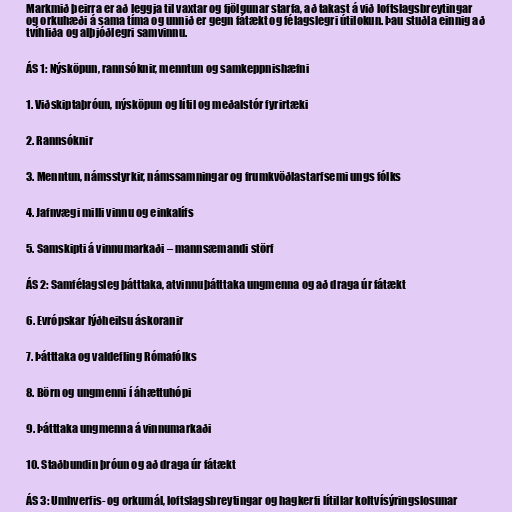
Markmið þeirra er að leggja til vaxtar og fjölgunar starfa, að takast á við loftslagsbreytingar
og orkuhæði á sama tíma og unnið er gegn fátækt og félagslegri útilokun. Þau stuðla einnig að
tvíhliða og alþjóðlegri samvinnu.

ÁS 1: Nýsköpun, rannsóknir, menntun og samkeppnishæfni

1. Viðskiptaþróun, nýsköpun og lítil og meðalstór fyrirtæki

2. Rannsóknir

3. Menntun, námsstyrkir, námssamningar og frumkvöðlastarfsemi ungs fólks

4. Jafnvægi milli vinnu og einkalífs

5. Samskipti á vinnumarkaði – mannsæmandi störf

ÁS 2: Samfélagsleg þátttaka, atvinnuþátttaka ungmenna og að draga úr fátækt

6. Evrópskar lýðheilsu áskoranir

7. Þátttaka og valdefling Rómafólks

8. Börn og ungmenni í áhættuhópi

9. Þátttaka ungmenna á vinnumarkaði

10. Staðbundin þróun og að draga úr fátækt

ÁS 3: Umhverfis- og orkumál, loftslagsbreytingar og hagkerfi lítillar koltvísýringslosunar